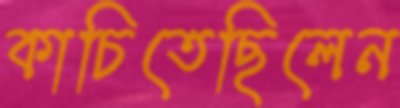
কাচিতেছিলেন